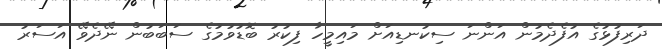
ދަރިފުޅުގެ އުފެދެމުން އަންނަ ސިކުނޑިއަށް މައިމީހާ ފިކުރު ބޮޑުވުމުގެ ސަބަބުން ނޭދެވޭ އަސަރު